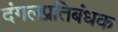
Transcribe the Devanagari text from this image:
दंगलप्रतिबंधक